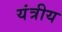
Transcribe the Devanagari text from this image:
यंत्रीय